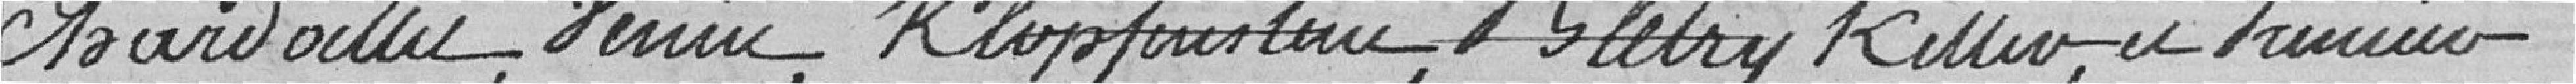
Chardoillet, Venin, Klofpfenstein, Bletry Keller et Prunier.